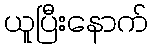
ယူပြီးနောက်